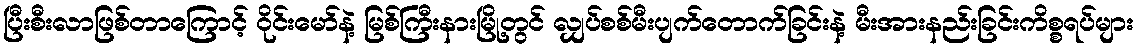
ပြီးစီးလာဖြစ်တာကြောင့် ဝိုင်းမော်နဲ့ မြစ်ကြီးနားမြို့တွင် လျှပ်စစ်မီးပျက်တောက်ခြင်းနဲ့ မီးအားနည်းခြင်းကိစ္စရပ်များ